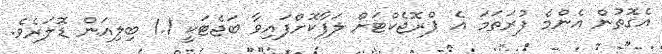
އެގޮތުން އެންމެ ފުރަތަމަ އެ ޕްރޮޖެކްޓަށް ލަފާކޮށްފައިވާ ބަޖެޓަކީ 1.1 ބިލިއަން ޑޮލަރެވެ.